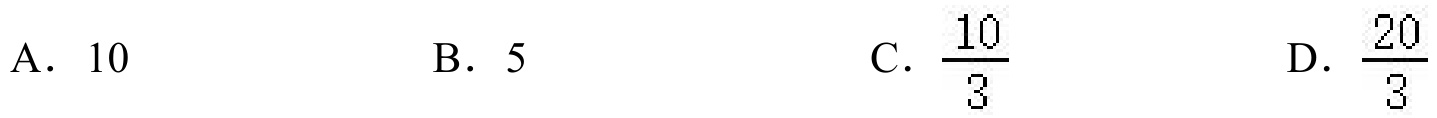
A. \(10\)  \(\qquad\) B. \(5\)  \(\qquad\) C. \(\frac{10}{3}\)  \(\qquad\) D. \(\frac{20}{3}\)